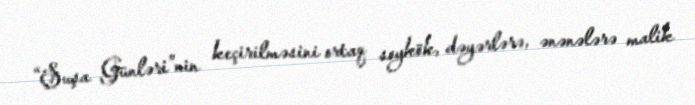
“Şuşa Günləri”nin keçirilməsini ortaq soykök, dəyərlərə, ənənələrə malik